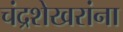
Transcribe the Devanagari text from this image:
चंद्रशेखरांना